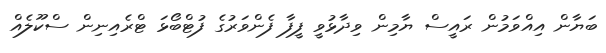
ބަޔާން އިއްވަމުން ރައީސް ޔާމިން ވިދާޅުވީ ފީފާ ފެންވަރުގެ ފުޓްބޯޅަ ޓްރެއިނިން ސްކޫލެއް